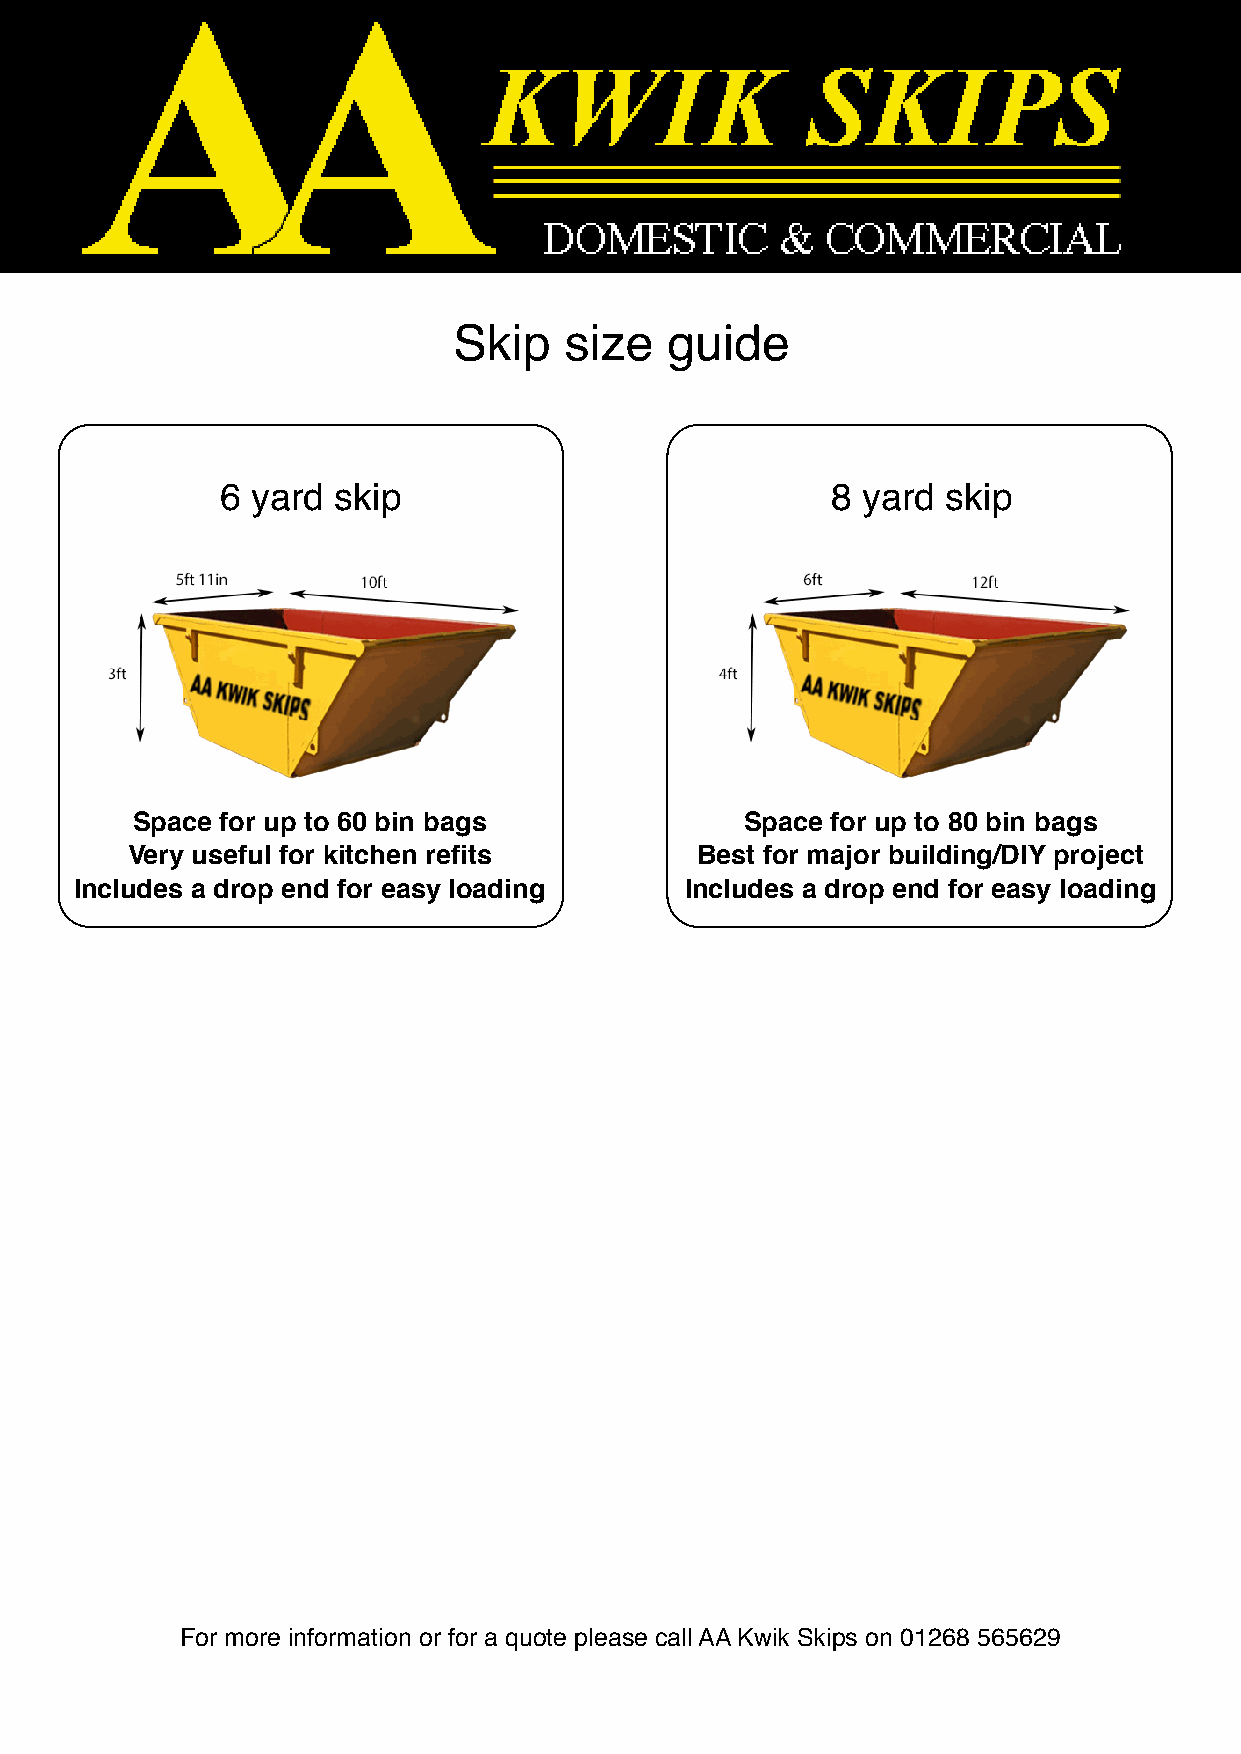
Skip   size   guide
 6 yard skip                             8 yard  skip
 Space for up to 60 bin bags             Space for up to 80 bin bags
 Very useful for kitchen refits        Best for major building/DIY project
 Includes a drop end for easy loading    Includes a drop end for easy loading
 For more information or for a quote please call AA Kwik Skips on 01268 565629